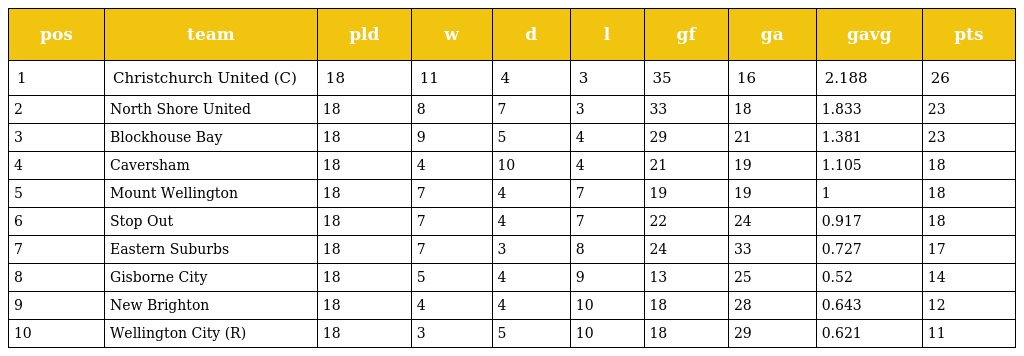
| pos | team | pld | w | d | l | gf | ga | gavg | pts |
 | --- | --- | --- | --- | --- | --- | --- | --- | --- | --- |
 | 1 | Christchurch United (C) | 18 | 11 | 4 | 3 | 35 | 16 | 2.188 | 26 |
 | 2 | North Shore United | 18 | 8 | 7 | 3 | 33 | 18 | 1.833 | 23 |
 | 3 | Blockhouse Bay | 18 | 9 | 5 | 4 | 29 | 21 | 1.381 | 23 |
 | 4 | Caversham | 18 | 4 | 10 | 4 | 21 | 19 | 1.105 | 18 |
 | 5 | Mount Wellington | 18 | 7 | 4 | 7 | 19 | 19 | 1 | 18 |
 | 6 | Stop Out | 18 | 7 | 4 | 7 | 22 | 24 | 0.917 | 18 |
 | 7 | Eastern Suburbs | 18 | 7 | 3 | 8 | 24 | 33 | 0.727 | 17 |
 | 8 | Gisborne City | 18 | 5 | 4 | 9 | 13 | 25 | 0.52 | 14 |
 | 9 | New Brighton | 18 | 4 | 4 | 10 | 18 | 28 | 0.643 | 12 |
 | 10 | Wellington City (R) | 18 | 3 | 5 | 10 | 18 | 29 | 0.621 | 11 |